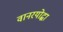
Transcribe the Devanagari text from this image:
वानरयोद्धा